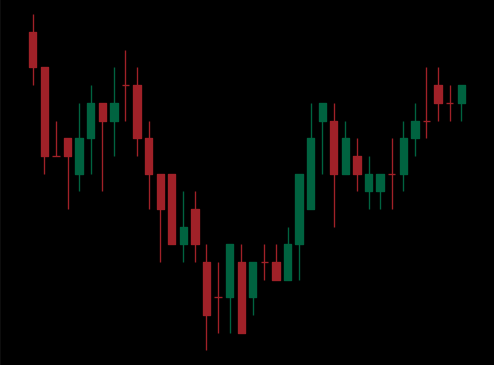
Pattern: inverse_head_shoulders